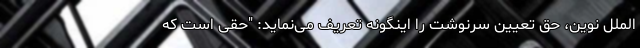
الملل نوین، حق تعیین سرنوشت را اینگونه تعریف می‌نماید: "حقی است که